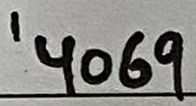
Text: '4069